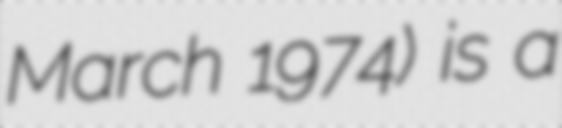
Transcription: March 1974) is a